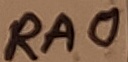
Text: RA0